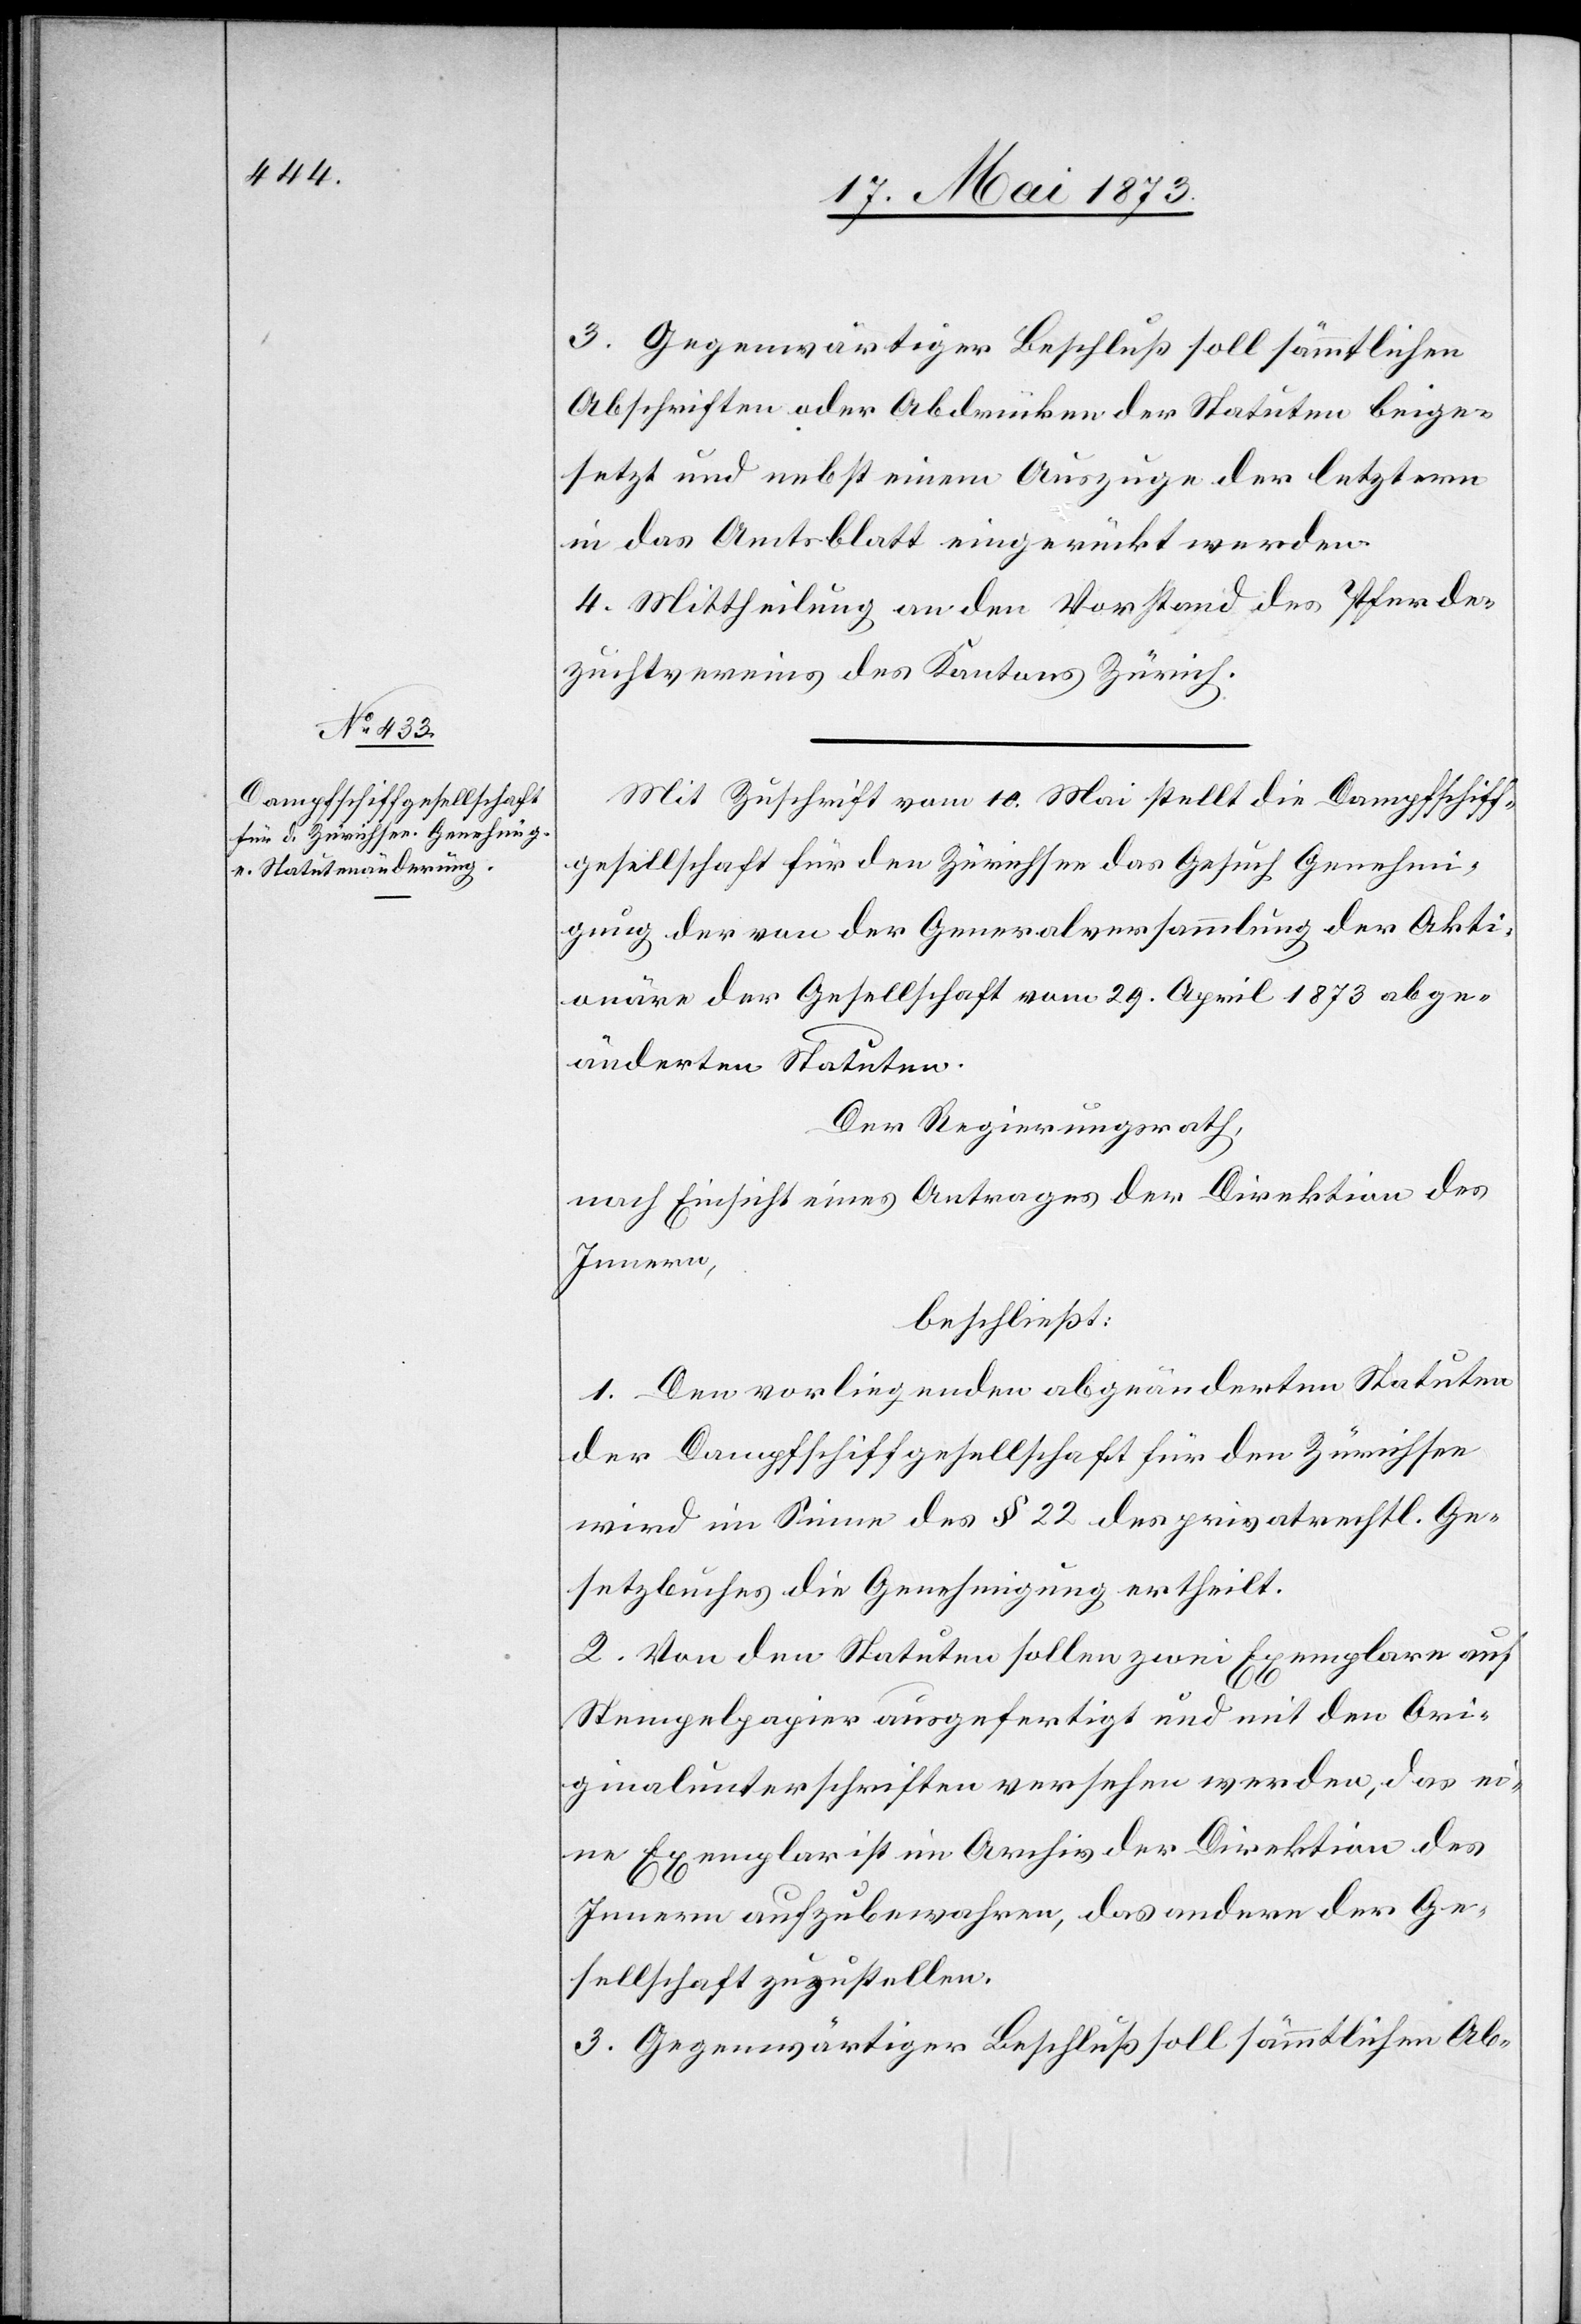
3. Gegenwärtiger Beschluß soll sämmtlichen
Abschriften oder Abdrücken der Statuten beige¬
setzt und nebst einem Auszuge der letztern
in das Amtsblatt eingerückt werden.
4. Mittheilung an den Vorstand des Pferde¬
zuchtvereins des Kantons Zürich.
Mit Zuschrift vom 10. Mai stellt die Dampfschiff¬
gesellschaft für den Zürichsee das Gesuch [um] Genehmi¬
gung der von der Generalversammlung der Akti¬
onäre der Gesellschaft vom 29. April 1873 abge¬
änderten Statuten.
Der Regierungsrath,
nach Einsicht eines Antrages der Direktion des
Innern,
beschließt:
1. Den vorliegenden abgeänderten Statuten
der Dampfschiffgesellschaft für den Zürichsee
wird im Sinne des § 22 des privatrechtl. Ge¬
setzbuches die Genehmigung ertheilt.
2. Von den Statuten sollen zwei Exemplare auf
Stempelpapier ausgefertigt und mit den Ori¬
ginalunterschriften versehen werden, das ei¬
ne Exemplar ist im Archiv der Direktion des
Innern aufzubewahren, das andere der Ge¬
sellschaft zuzustellen.
3. Gegenwärtiger Beschluß soll sämmtlichen Ab-